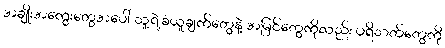
အချိုးအကွေးတွေအပေါ် သူ့ရဲ့ခံယူချက်တွေနဲ့ အမြင်တွေကိုလည်း ပရိသတ်တွေကို